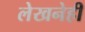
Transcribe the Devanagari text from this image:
लेखनेही